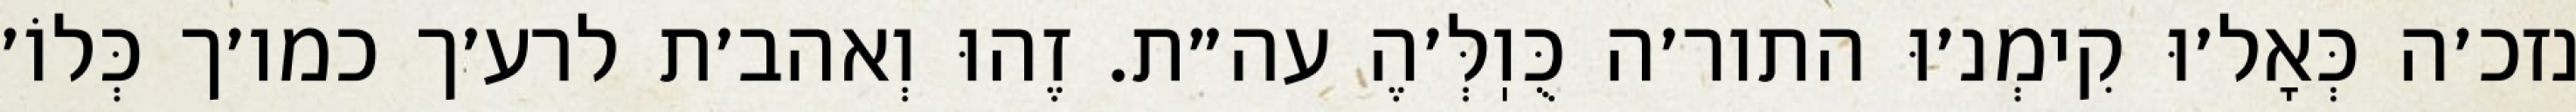
נזכ׳ה כְּאָל׳וּ קִימְנ׳וּ התור׳ה כֻּוֽלְּ׳הֶ עה״ת. זֶהוּ וְאהב׳ת לרע׳ך כמו׳ך כְּלוֹ׳